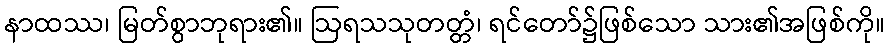
နာထဿ၊ မြတ်စွာဘုရား၏။ ဩရသသုတတ္တံ၊ ရင်တော်၌ဖြစ်သော သား၏အဖြစ်ကို။